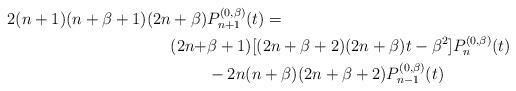
LaTeX: \begin{align*}2(n+1)(n + \beta + 1)(2n + \beta)&P_{n+1}^{(0,\beta)}(t) =\\ (2n + &\beta +1)[(2n + \beta+2)(2n + \beta )t - \beta^2]P_n^{(0,\beta)}(t)\\ &- 2n(n + \beta)(2n + \beta + 2)P_{n-1}^{(0,\beta)}(t)\end{align*}